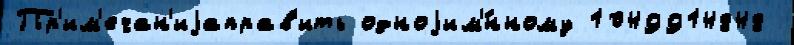
Пр'им'ечан'иjаправ'ить одноjим'́нному 1049914848